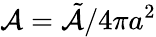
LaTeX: \mathcal{A}=\tilde{\mathcal{A}}/4\pi a^{2}